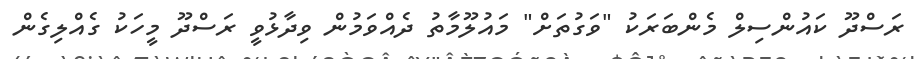
ރަސްދޫ ކައުންސިލް މެންބަރަކު "ވަގުތަށް" މައުލޫމާތު ދެއްވަމުން ވިދާޅުވީ ރަސްދޫ މީހަކު ގެއްލިގެން